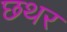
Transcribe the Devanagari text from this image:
छथर